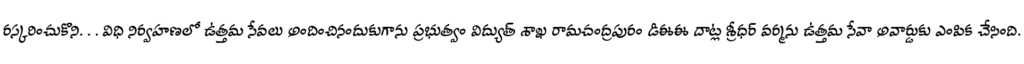
రస్కరించుకొని. . . విధి నిర్వహణలో ఉత్తమ సేవలు అందించినందుకుగాను ప్రభుత్వం విద్యుత్ శాఖ రామచంద్రపురం డిఈఈ దాట్ల శ్రీధర్ వర్మను ఉత్తమ సేవా అవార్డుకు ఎంపిక చేసింది.